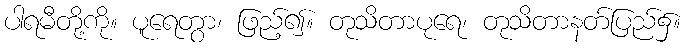
ပါရမီတို့ကို။ ပူရေတွာ၊ ဖြည့်၍။ တုသိတာပုရေ၊ တုသိတာနတ်ပြည်၌။